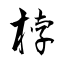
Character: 桲